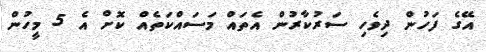
އޭގެ ފަހުން ދިވެހި ސަރުކާރުން އެތަައް މަސައްކަތެއް ކޮށް އެ 5 މީހުން